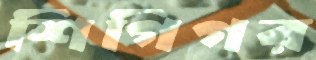
শিগিগর